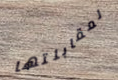
لمقابلتها